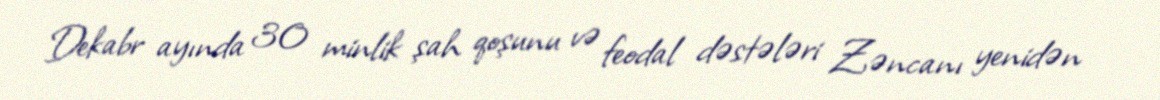
Dekabr ayında 30 minlik şah qoşunu və feodal dəstələri Zəncanı yenidən